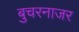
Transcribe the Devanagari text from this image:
बुचरनाजर